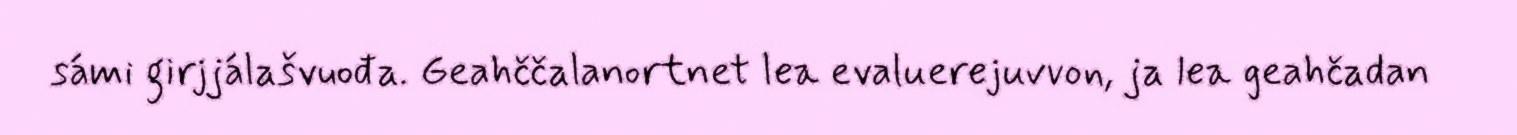
sámi girjjálašvuođa. Geahččalanortnet lea evaluerejuvvon, ja lea geahčadan